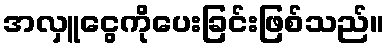
အလှူငွေကိုပေးခြင်းဖြစ်သည်။